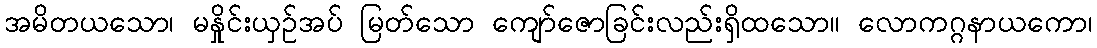
အမိတယသော၊ မနှိုင်းယှဉ်အပ် မြတ်သော ကျော်ဇောခြင်းလည်းရှိထသော။ လောကဂ္ဂနာယကော၊